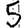
Digit: 5